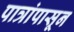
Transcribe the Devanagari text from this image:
पात्रांपासून